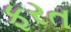
ફરત